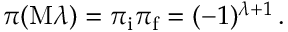
\pi ( \mathrm { M } \lambda ) = \pi _ { \mathrm { i } } \pi _ { \mathrm { f } } = ( - 1 ) ^ { \lambda + 1 } \, .